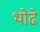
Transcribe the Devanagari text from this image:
थोढे